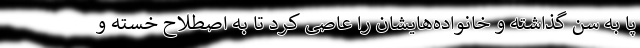
پا به سن گذاشته و خانواده‌هایشان را عاصی کرد تا به اصطلاح خسته و